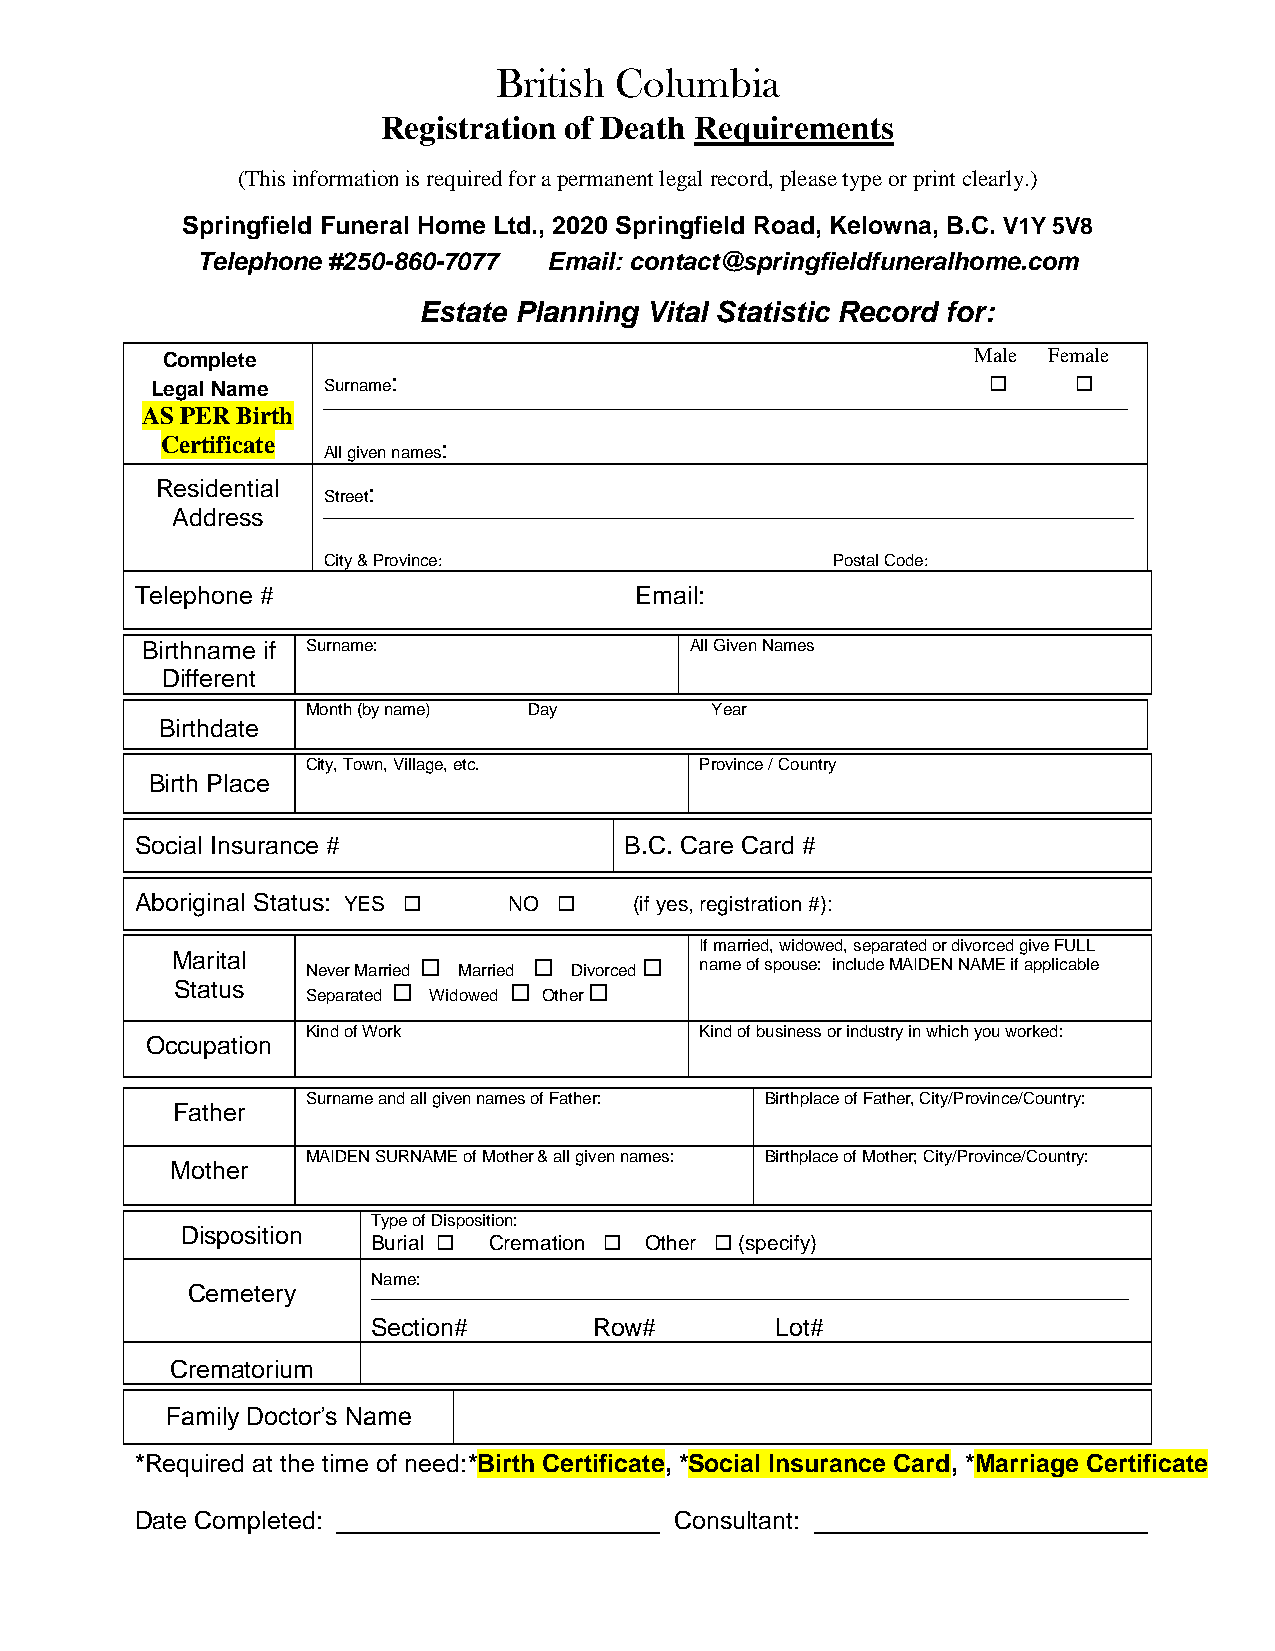
British Columbia
 Registration of Death Requirements
 (This information is required for a permanent legal record, please type or print clearly.)
 Springfield Funeral Home Ltd., 2020 Springfield Road, Kelowna, B.C. V1Y 5V8
 Telephone #250-860-7077 Email: contact@springfieldfuneralhome.com
 Estate Planning Vital Statistic Record for:
 Complete                                             Male Female
 Legal Name Surname:                                         
 __________________________________________
 AS PER Birth
 Certificate
 All given
 names:
 Residential   :
 Street
 Address                                                __________________________
 City & Province:                  Postal Code:
 Telephone #                      Email:
 Birthname if Surname:                All Given Names
 Different
 Month (by name) Day        Year
 Birthdate
 City, Town, Village, etc. Province / Country
 Birth Place
 Social Insurance #              B.C. Care Card #
 Aboriginal Status: YES  NO     (if yes, registration #):
 If married, widowed, separated or divorced give FULL
 Marital
 Never Married  Married  Divorced  name of spouse: include MAIDEN NAME if applicable
 Status   Separated  Widowed  Other 
 Kind of Work              Kind of business or industry in which you worked:
 Occupation
 Surname and all given names of Father: Birthplace of Father, City/Province/Country:
 Father
 MAIDEN SURNAME of Mother & all given names: Birthplace of Mother; City/Province/Country:
 Mother
 Type of Disposition:
 Disposition
 Burial  Cremation  Other  (specify)
 Name:
 Cemetery
 Section#      Row#        Lot#
 Crematorium
 Family Doctor’s Name
 *Required at the time of need:*Birth Certificate, *Social Insurance Card, *Marriage Certificate
 Date Completed:                     Consultant: